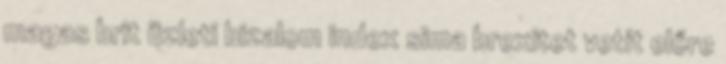
magas brit üzleti bizalom index sima brexitet vetít előre